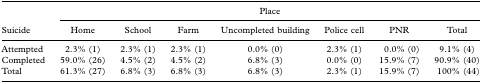
<table><thead><tr><td></td><td colspan="7"><b>Place</b></td></tr><tr><td><b>Suicide</b></td><td><b>Home</b></td><td><b>School</b></td><td><b>Farm</b></td><td><b>Uncompleted building</b></td><td><b>Police cell</b></td><td><b>PNR</b></td><td><b>Total</b></td></tr></thead><tbody><tr><td>Attempted</td><td>2.3% (1)</td><td>2.3% (1)</td><td>2.3% (1)</td><td>0.0% (0)</td><td>2.3% (1)</td><td>0.0% (0)</td><td>9.1% (4)</td></tr><tr><td>Completed</td><td>59.0% (26)</td><td>4.5% (2)</td><td>4.5% (2)</td><td>6.8% (3)</td><td>0.0% (0)</td><td>15.9% (7)</td><td>90.9% (40)</td></tr><tr><td>Total</td><td>61.3% (27)</td><td>6.8% (3)</td><td>6.8% (3)</td><td>6.8% (3)</td><td>2.3% (1)</td><td>15.9% (7)</td><td>100% (44)</td></tr></tbody></table>